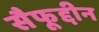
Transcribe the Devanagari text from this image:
सैफूद्दीन